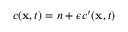
c ( \mathbf { x } , t ) = n + \epsilon c ^ { \prime } ( \mathbf { x } , t )